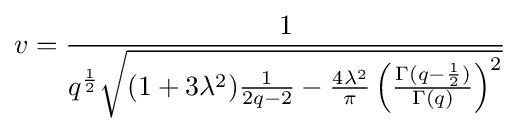
v={\frac {1}{q^{\frac {1}{2}}{\sqrt {(1+3\lambda ^{2}){\frac {1}{2q-2}}-{\frac {4\lambda ^{2}}{\pi }}\left({\frac {\Gamma (q-{\frac {1}{2}})}{\Gamma (q)}}\right)^{2}}}}}